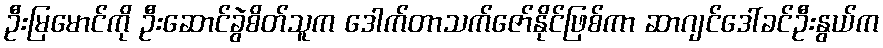
ဦးမြမောင်ကို ဦးဆောင်ခွဲစိတ်သူက ဒေါက်တာသက်ဇော်နိုင်ဖြစ်ကာ ဆာဂျင်ဒေါ်ခင်ဦးနွယ်က